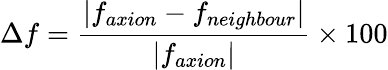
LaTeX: \Delta f=\frac{|f_{axion}-f_{neighbour}|}{|f_{axion}|}\times 100